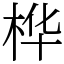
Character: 桦